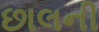
છાલની